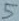
Text: 5